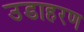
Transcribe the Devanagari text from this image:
उडाहरण